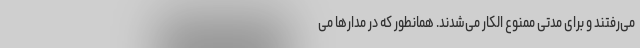
می‌رفتند و برای مدتی ممنوع الکار می‌شدند. همانطور که در مدارها می